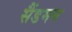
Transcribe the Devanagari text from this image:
सैंडमन